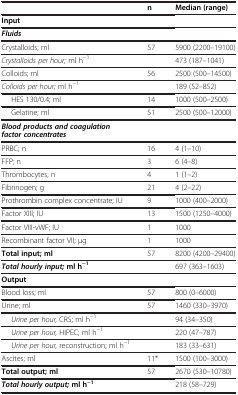
<table><thead><tr><td><b> </b></td><td><b>n</b></td><td><b>Median (range)</b></td></tr></thead><tbody><tr><td><b>Input</b></td><td> </td><td> </td></tr><tr><td><b><i>Fluids</i></b></td><td> </td><td> </td></tr><tr><td>Crystalloids; ml</td><td>57</td><td>5900 (2200–19100)</td></tr><tr><td><i>Crystalloids per hour;</i> ml h<sup>−1</sup></td><td> </td><td>473 (187–1041)</td></tr><tr><td>Colloids; ml</td><td>56</td><td>2500 (500–14500)</td></tr><tr><td><i>Colloids per hour;</i> ml h<sup>−1</sup></td><td> </td><td>189 (52–852)</td></tr><tr><td>HES 130/0.4; ml</td><td>14</td><td>1000 (500–2500)</td></tr><tr><td>Gelatine; ml</td><td>51</td><td>2500 (500–12000)</td></tr><tr><td><b><i>Blood products and coagulation factor concentrates</i></b></td><td> </td><td> </td></tr><tr><td>PRBC; n</td><td>16</td><td>4 (1–10)</td></tr><tr><td>FFP; n</td><td>3</td><td>6 (4–8)</td></tr><tr><td>Thrombocytes; n</td><td>4</td><td>1 (1–2)</td></tr><tr><td>Fibrinogen; g</td><td>21</td><td>4 (2–22)</td></tr><tr><td>Prothrombin complex concentrate; IU</td><td>9</td><td>1000 (400–2000)</td></tr><tr><td>Factor XIII; IU</td><td>13</td><td>1500 (1250–4000)</td></tr><tr><td>Factor VIII-vWF; IU</td><td>1</td><td>1000</td></tr><tr><td>Recombinant factor VII; μg</td><td>1</td><td>1000</td></tr><tr><td><b>Total input; ml</b></td><td>57</td><td>8200 (4200–29400)</td></tr><tr><td><b><i>Total hourly input;</i></b><b>ml h</b><sup><b>−1</b></sup></td><td> </td><td>697 (363–1603)</td></tr><tr><td><b>Output</b></td><td> </td><td> </td></tr><tr><td>Blood loss; ml</td><td>57</td><td>800 (0–6000)</td></tr><tr><td>Urine; ml</td><td>57</td><td>1460 (330–3970)</td></tr><tr><td><i>Urine per hour,</i> CRS; ml h<sup>−1</sup></td><td> </td><td>94 (34–350)</td></tr><tr><td><i>Urine per hour,</i> HIPEC; ml h<sup>−1</sup></td><td> </td><td>220 (47–787)</td></tr><tr><td><i>Urine per hour,</i> reconstruction; ml h<sup>−1</sup></td><td> </td><td>183 (33–631)</td></tr><tr><td>Ascites; ml</td><td>11*</td><td>1500 (100–3000)</td></tr><tr><td><b>Total output; ml</b></td><td>57</td><td>2670 (530–10780)</td></tr><tr><td><b><i>Total hourly output;</i></b><b>ml h</b><sup><b>−1</b></sup></td><td> </td><td>218 (58–729)</td></tr></tbody></table>